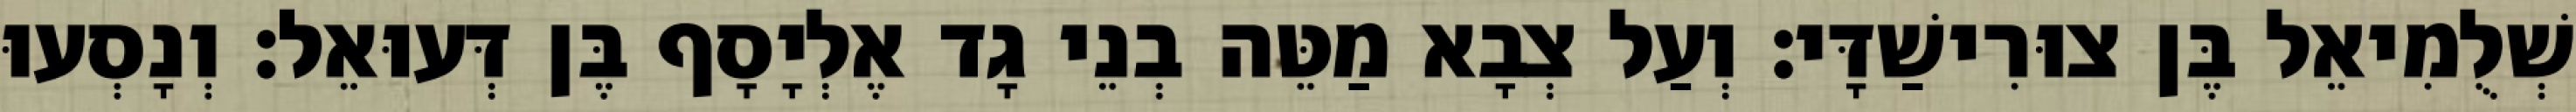
שְׁלֻמִיאֵל בֶּן צוּרִישַׁדָּי׃ וְעַל צְבָא מַטֵּה בְנֵי גָד אֶלְיָסָף בֶּן דְּעוּאֵל׃ וְנָסְעוּ